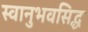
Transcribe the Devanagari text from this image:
स्वानुभवसिद्ध